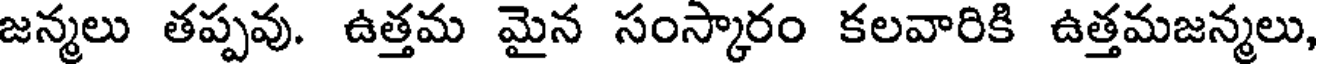
జన్మలు తప్పవు. ఉత్తమ మైన సంస్కారం కలవారికి ఉత్తమజన్మలు,